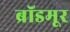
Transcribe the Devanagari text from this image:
ब्रॉडमूर